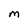
Character: M